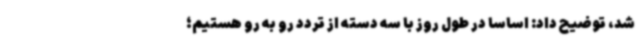
شد، توضیح داد: اساسا در طول روز با سه دسته از تردد رو به رو هستیم؛